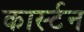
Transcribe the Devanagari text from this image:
कार्स्टन